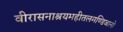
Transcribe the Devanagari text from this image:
वीरासनाश्रयमहीतलमण्डिजानो